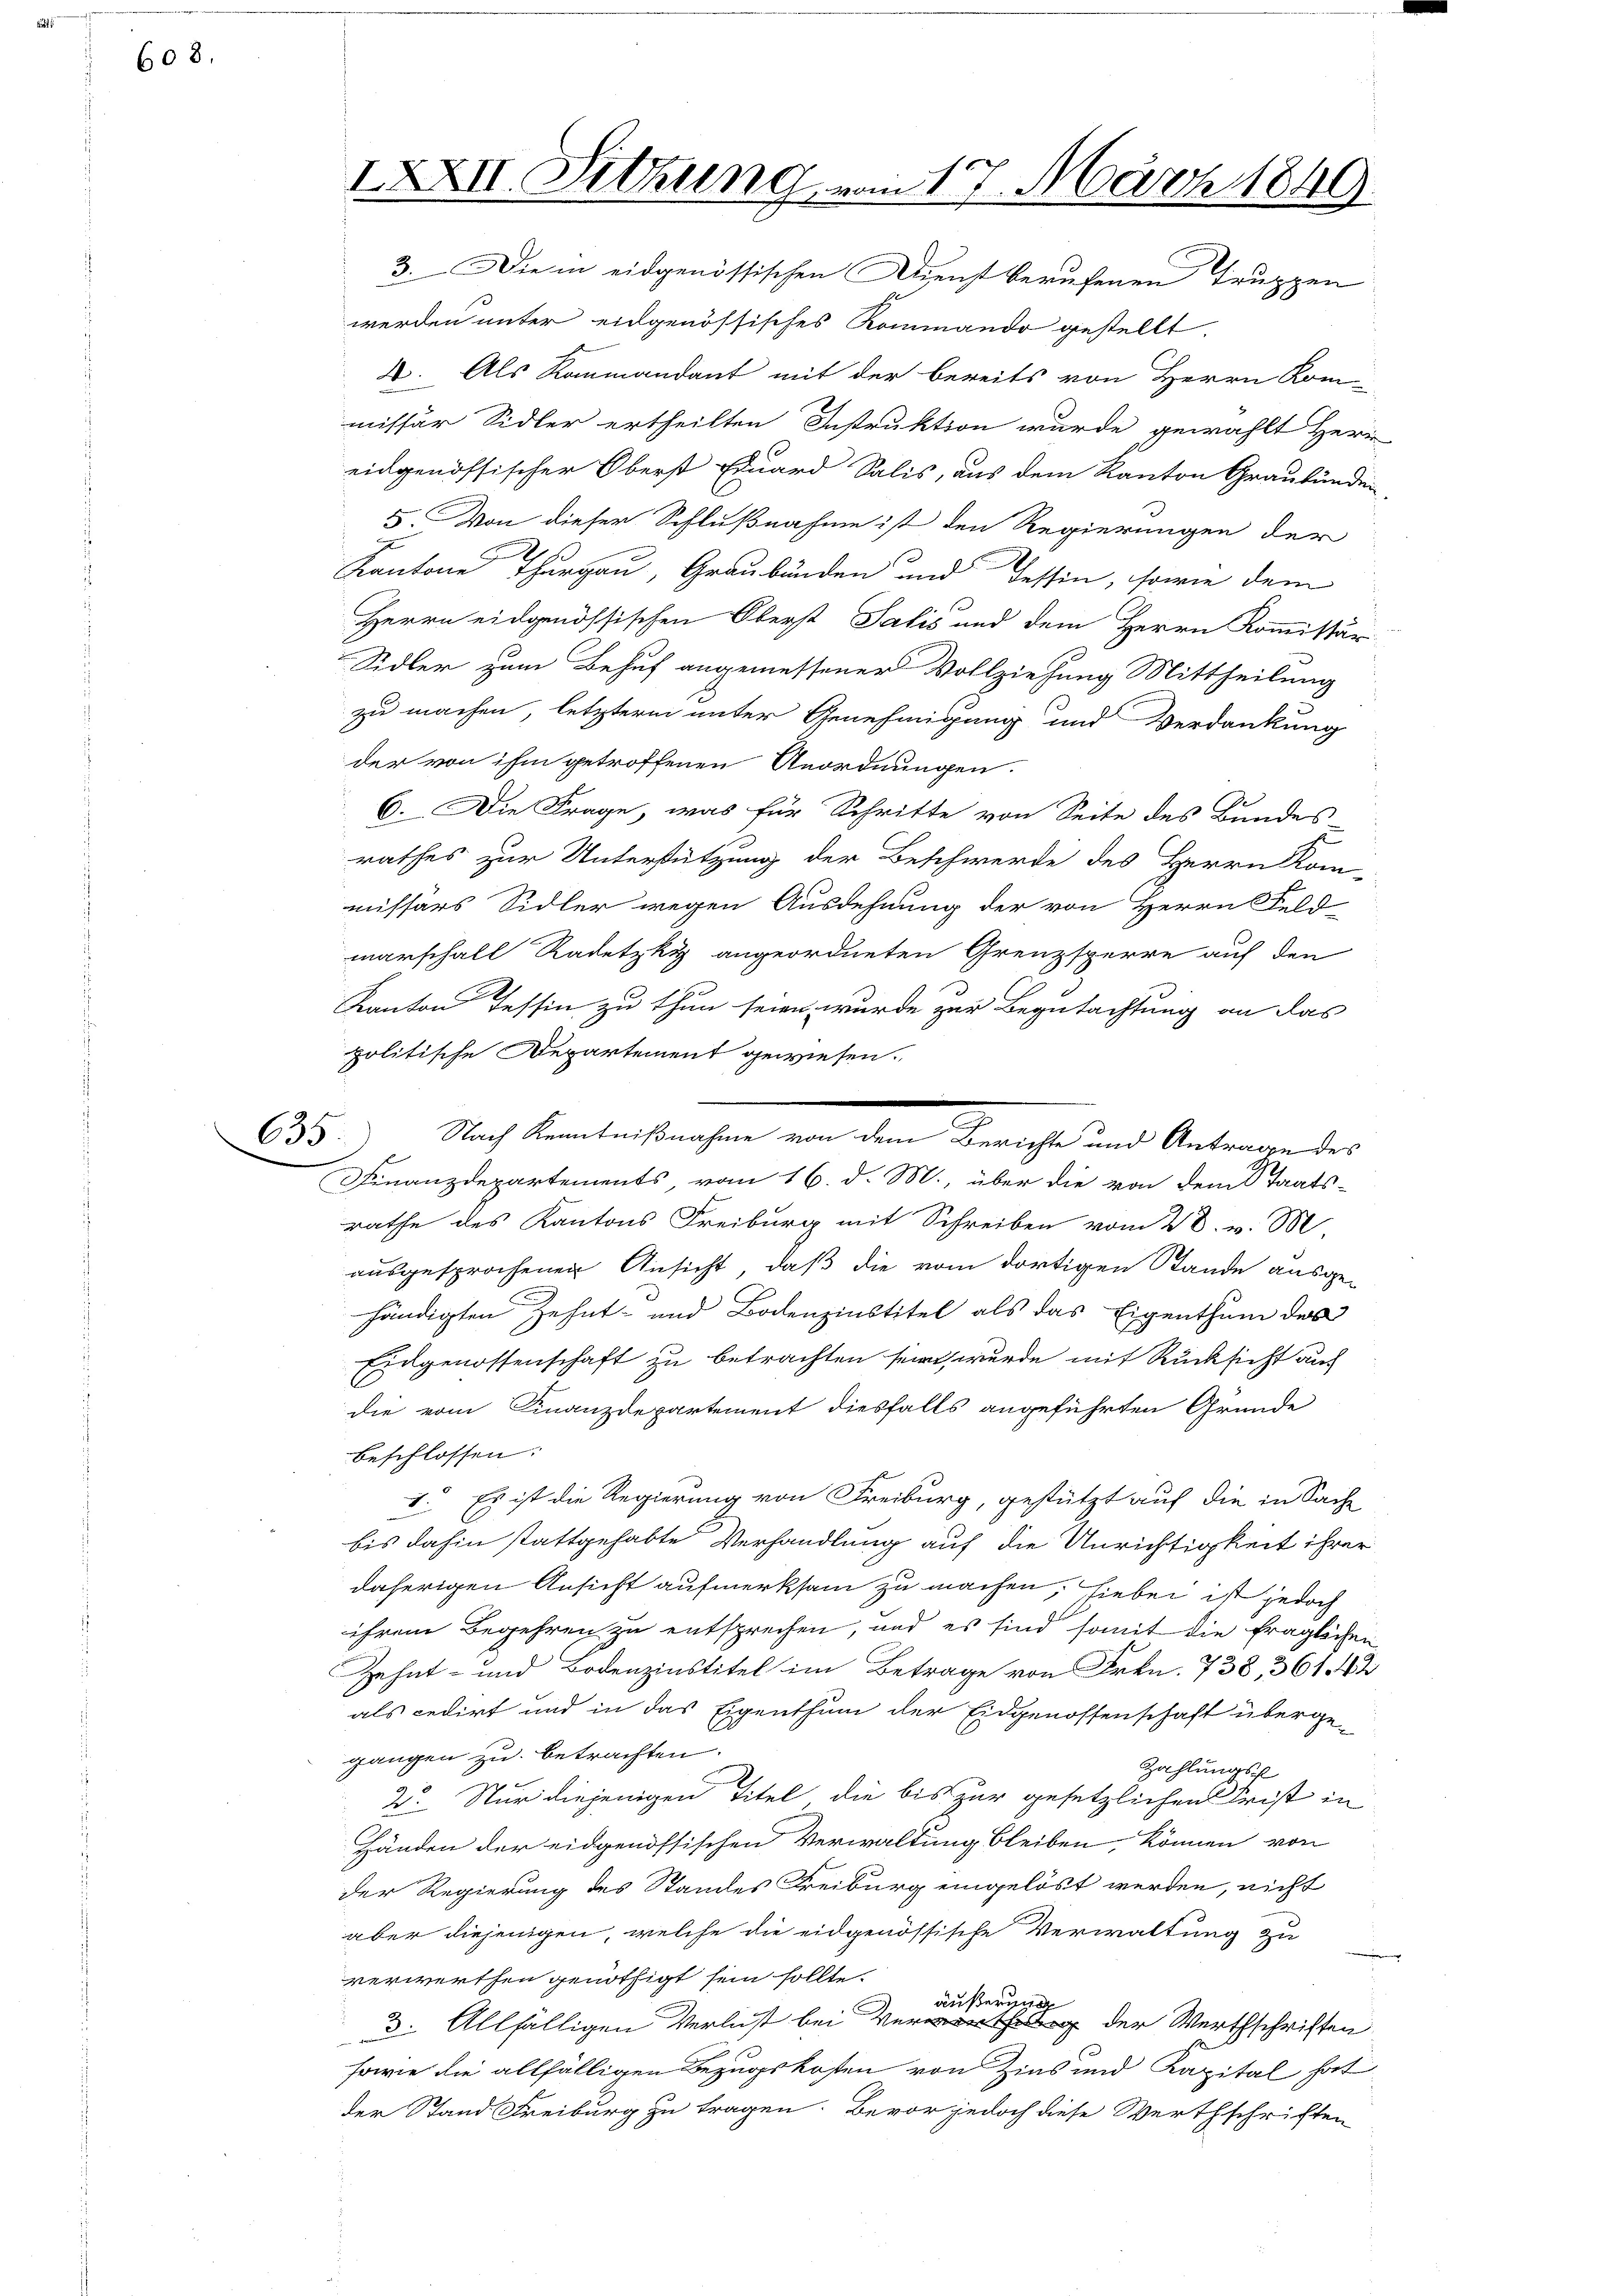
608.

635

IXXII. Setzung vom 17. März 1849

3. Die in eidgenössischen Dienst berufenen Truppen
werden unter eidgenössisches Rommando gestellt.
2. Als Kommandant mit der bereits von Herrn Kom-
missär Sidler ertheilten Instruktion wurde gewählt Herr
eidgenössischer Oberst Eduard Salis, aus dem Kanton Graubünden
5. Von dieser Schlußnahme ist den Regierungen der
g
Kantone Thurgau, Graubünden und Tessin, sowie dem
Herrn eidgenössischen Oberst Salis und dem Herrn Kommissär
Sidler zum Behuf angemessener Vollziehung Mittheilung
zu machen, letztern unter Genehmigung und Verdankung
der von ihm getroffenen Anordnungen.
6. Die Frage, was für Schritte von Seite des Bundes
rathes zur Unterstützung der Beschwerde des Herrn Kom-
missars Sidler wegen Ausdehnung der von Herrn Feld
marschall Radetzky angeordneten Grenzsperre auf den
Kanton Tessin zu thun seien, wurde zur Begutachtung an das
politische Departement gewiesen.
Finanzdepartements vom 16. d. M., über die von dem Staats-
rathe des Kantons Freiburg mit Schreiben vom 28. v. M.
ausgesprochenen Ansicht, daß die vom dortigen Stande ausgehändigten Zehnt- und Bodenzinstitel als das Eigenthum der
Eidgenossenschaft zu betrachten sein, wurde mit Rücksicht auf
die vom Finanzdepartement diesfalls angeführten Gründe
beschlossen:
1. Es ist die Regierung von Freiburg, gestützt auf die in Sache
bis dahin stattgehabte Verhandlung auf die Unrichtigkeit ihrer
daherigen Ansicht aufmerksam zu machen, hiebei ist jedoch
ihrem Begehren zu entsprechen, und es sind somit die fraglichen
Zehnt- und Bodenzinstitel im Betrage von Frkn. 738, 3612
als cedirt und in das Eigenthum der Eidgenossenschaft übergegangen zu betrachten.
Zahlungs
2o. Nur diejenigen Titel die bis zur gesetzlichen Frist in
Händen der eidgenössischen Verwaltung bleiben, können von
der Regierung des Standes Freiburg eingelöst werden, nicht
aber diejenigen, welche die eidgenössische Verwaltung zu
verwerthen genöthigt sein sollte.
äußerung
3. Allfälligen Verlust bei er der Werthschriften
sowie die allfälligen Bezugskosten von Zins und Kapital hat
der Stand Freiburg zu tragen. Bevor jedoch diese Werthschriften

e
Nach Kenntnißnahme von dem Berichte und Antrage des

e